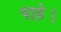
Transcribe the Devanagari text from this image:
पाहे।